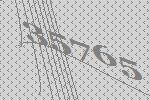
35765